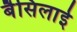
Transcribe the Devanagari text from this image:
बैसिलाई